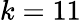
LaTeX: k=11